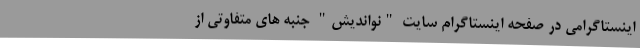
اینستاگرامی در صفحه اینستاگرام سایت "نواندیش" جنبه های متفاوتی از